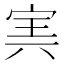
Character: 㝙